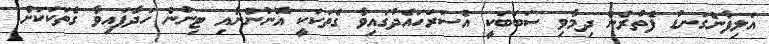
އަލިފާންގަނޑު ފެތުރެން ދިމާވި ސަބަބަކީ އެސަރަހައްދުގައިވާ ގެތަކަކީ އޮނުންނާއި ޓިނުން ހަދާފައިވާ ގެތަކަކަށް